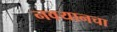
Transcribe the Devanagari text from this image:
नवयानचा